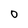
Character: O